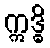
ဣဒ္ဓိ